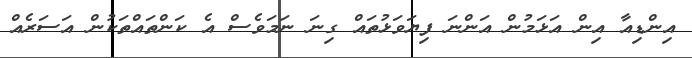
އިންޑިއާ އިން އަޅަމުން އަންނަ ފިޔަވަޅުތައް ގިނަ ނަމަވެސް އެ ކަންތައްތަކުން އަސަރެއް